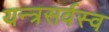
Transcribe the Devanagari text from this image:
यन्त्रसर्वस्व